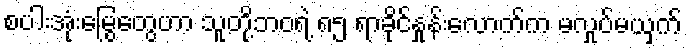
စပါးအုံးမြွေတွေဟာ သူတို့ဘဝရဲ့ ၈၅ ရာခိုင်နှုန်းလောက်က မလှုပ်မယှက်